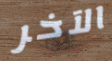
الآخر